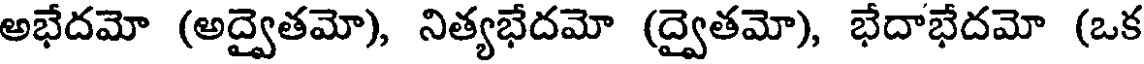
అభేదమో (అద్వైతమో), నిత్యభేదమో (ద్వైతమో), భేదాభేదమో (ఒక